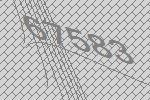
67583